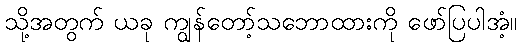
သို့အတွက် ယခု ကျွန်တော့်သဘောထားကို ဖော်ပြပါအံ့။